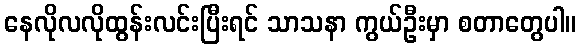
နေလိုလလိုထွန်းလင်းပြီးရင် သာသနာ ကွယ်ဦးမှာ စတာတွေပါ။